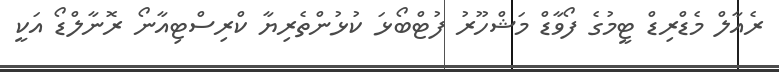
ރެއާލް މެޑްރިޑް ޓީމުގެ ފޯވާޑް މަޝްހޫރު ފުޓްބޯޅަ ކުޅުންތެރިޔާ ކްރިސްޓިއާނޯ ރޮނާލްޑޯ އަކީ